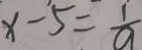
x - 5 = \frac { 1 } { a }